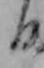
日